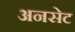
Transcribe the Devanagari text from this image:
अनसेट